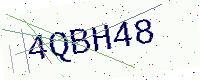
Text: 4QBH48